Indian journal of veterinary science and animal husbandry - Volumes 24-25, 1954-1955
Year: 1954
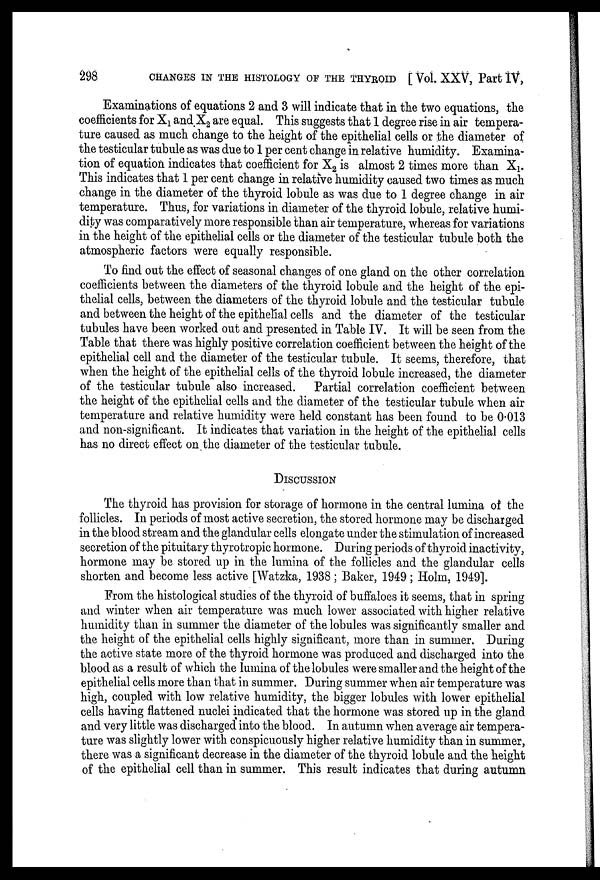
298
CHANGES IN THE HISTOLOGY OF THE THYROID [ Vol. XXV, Part IV,
Examinations of equations 2 and 3 will indicate that in the two equations, the
coefficients for X 1 and X 2 are equal. This suggests that 1 degree rise in air tempera-
ture caused as much change to the height of the epithelial cells or the diameter of
the testicular tubule as was due to 1 per cent change in relative humidity. Examina-
tion of equation indicates that coefficient for X 2 is almost 2 times more than X 1 .
This indicates that 1 per cent change in relative humidity caused two times as much
change in the diameter of the thyroid lobule as was due to 1 degree change in air
temperature. Thus, for variations in diameter of the thyroid lobule, relative humi-
dity was comparatively more responsible than air temperature, whereas for variations
in the height of the epithelial cells or the diameter of the testicular tubule both the
atmospheric factors were equally responsible.
To find out the effect of seasonal changes of one gland on the other correlation
coefficients between the diameters of the thyroid lobule and the height of the epi-
thelial cells, between the diameters of the thyroid lobule and the testicular tubule
and between the height of the epithelial cells and the diameter of the testicular
tubules have been worked out and presented in Table IV. It will be seen from the
Table that there was highly positive correlation coefficient between the height of the
epithelial cell and the diameter of the testicular tubule. It seems, therefore, that
when the height of the epithelial cells of the thyroid lobule increased, the diameter
of the testicular tubule also increased. Partial correlation coefficient between
the height of the epithelial cells and the diameter of the testicular tubule when air
temperature and relative humidity were held constant has been found to be 0.013
and non-significant. It indicates that variation in the height of the epithelial cells
has no direct effect on the diameter of the testicular tubule.
DISCUSSION
The thyroid has provision for storage of hormone in the central lumina of the
follicles. In periods of most active secretion, the stored hormone may be discharged
in the blood stream and the glandular cells elongate under the stimulation of increased
secretion of the pituitary thyrotropic hormone. During periods of thyroid inactivity,
hormone may be stored up in the lumina of the follicles and the glandular cells
shorten and become less active [Watzka, 1938; Baker, 1949; Holm, 1949].
From the histological studies of the thyroid of buffaloes it seems, that in spring
and winter when air temperature was much lower associated with higher relative
humidity than in summer the diameter of the lobules was significantly smaller and
the height of the epithelial cells highly significant, more than in summer. During
the active state more of the thyroid hormone was produced and discharged into the
blood as a result of which the lumina of the lobules were smaller and the height of the
epithelial cells more than that in summer. During summer when air temperature was
high, coupled with low relative humidity, the bigger lobules with lower epithelial
cells having flattened nuclei indicated that the hormone was stored up in the gland
and very little was discharged into the blood. In autumn when average air tempera-
ture was slightly lower with conspicuously higher relative humidity than in summer,
there was a significant decrease in the diameter of the thyroid lobule and the height
of the epithelial cell than in summer. This result indicates that during autumn